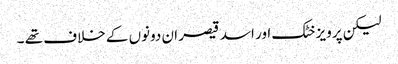
لیکن پرویز خٹک اور اسد قیصر ان دونوں کے خلاف تھے ۔